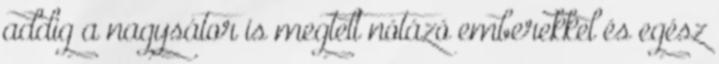
addig a nagysátor is megtelt nótázó emberekkel és egész